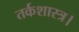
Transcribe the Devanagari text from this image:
तर्कशास्त्र।